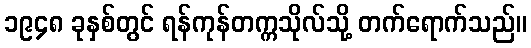
၁၉၄၈ ခုနှစ်တွင် ရန်ကုန်တက္ကသိုလ်သို့ တက်ရောက်သည်။